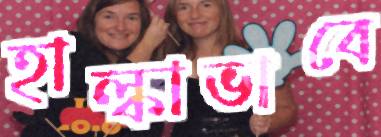
হাল্কাভাবে